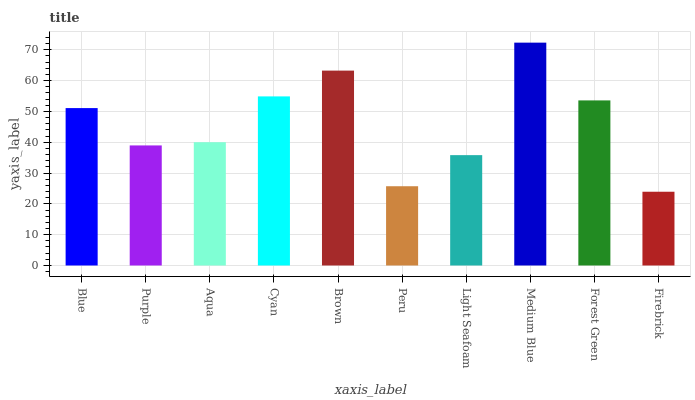
| xaxis_label | bars |
 | --- | --- |
 | Blue | 51.1 |
 | Purple | 39 |
 | Aqua | 40 |
 | Cyan | 54.9 |
 | Brown | 63.2 |
 | Peru | 25.7 |
 | Light Seafoam | 35.8 |
 | Medium Blue | 72.3 |
 | Forest Green | 53.6 |
 | Firebrick | 23.9 |